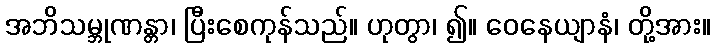
အဘိသမ္ဘုဏန္တာ၊ ပြီးစေကုန်သည်။ ဟုတွာ၊ ၍။ ဝေနေယျာနံ၊ တို့အား။